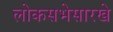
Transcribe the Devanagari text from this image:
लोकसभेसारखे